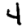
Digit: 4